Report on the working of the mental hospitals for Indians in Bihar and Orissa - 1925-1929
Year: 1925
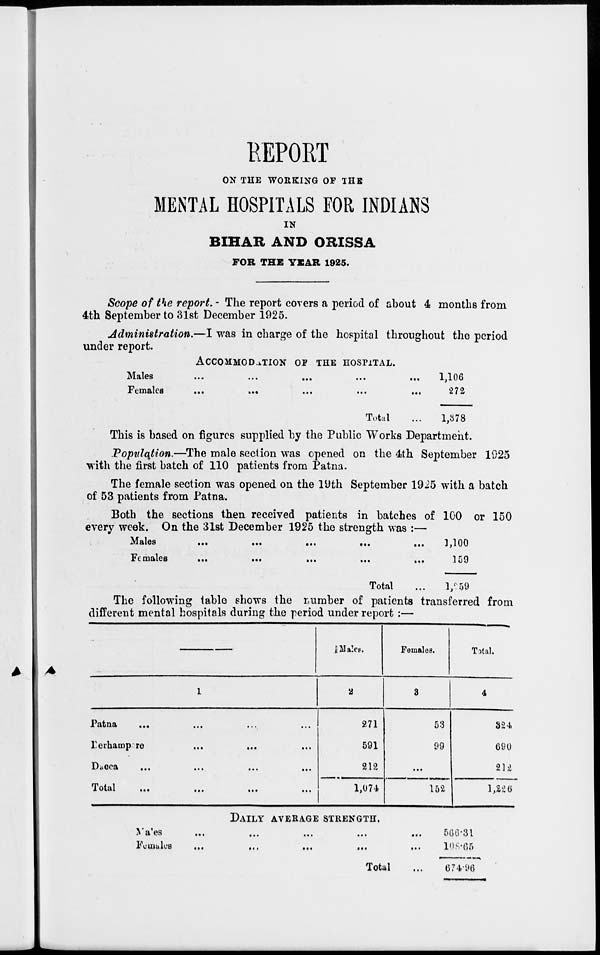
REPORT
ON THE WORKING OF THE
MENTAL HOSPITALS FOR INDIANS
IN
BIHAR AND ORISSA
FOR THE YEAR 1925.
Scope of the report.- The report covers a period of about 4 months from
4th September to 31st December 1925.
Administration.—I was in charge of the hospital throughout the period
under report.
ACCOMMODATION OF THE HOSPITAL.
Males
...
...
...
...
...
Females ... ... ... ...
Total ...
1,106
272
1,378
This is based on figures supplied by the Public Works Department.
Population.—The male section was opened on the 4th September 1925
with the first batch of 110 patients from Patna.
The female section was opened on the 19th September 1925 with a batch
of 53 patients from Patna.
Both the sections then received patients in batches of 100 or 150
every week. On the 31st December 1925 the strength was :—
Males
...
...
...
...
...
Females ... ... ... ... ...
Total ...
1,100
159
1,259
The following table shows the number of patients transferred from
different mental hospitals during the period under report :—
1
Patna
... ... ... ...
Berhampore
...
...
...
Dacca
...
...
...
...
Total
...
...
...
...
Males.
2
271
591
212
1,074
Females.
3
53
99
...
152
Total.
4
324
690
212
1,226
DAILY AVERAGE STRENGTH.
Males ... ... ... ... ...
Females
...
...
...
...
...
Total
...
566.31
108.65
674.96